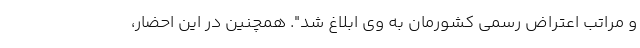
و مراتب اعتراض رسمی کشورمان به وی ابلاغ شد". همچنین در این احضار،